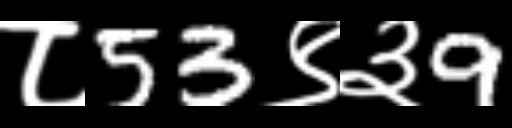
Text: ८53९३9